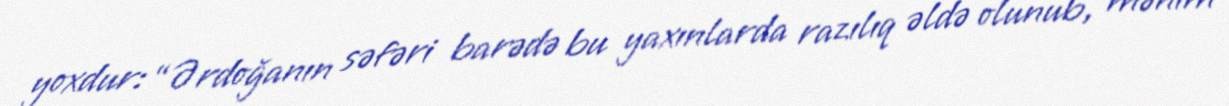
yoxdur: “Ərdoğanın səfəri barədə bu yaxınlarda razılıq əldə olunub, mənim